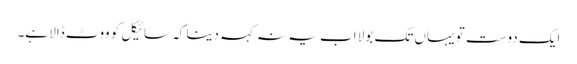
ایک دوست تو یہاں تک بولا اب یہ نہ کہہ دینا کہ سائیکل کو ووٹ ڈالا ہے۔